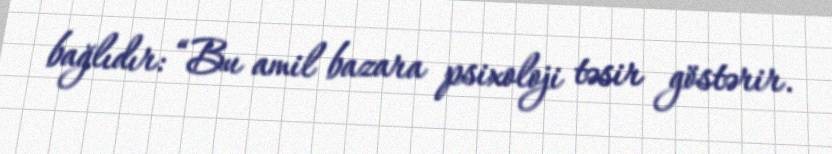
bağlıdır: “Bu amil bazara psixoloji təsir göstərir.